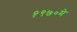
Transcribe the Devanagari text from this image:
१९७०मे